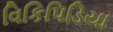
વિકિપિડિયા